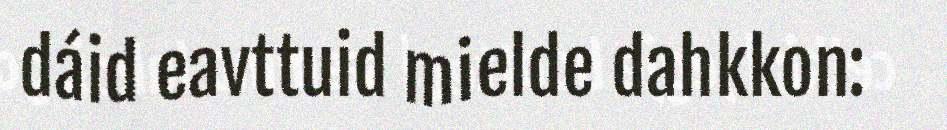
dáid eavttuid mielde dahkkon: